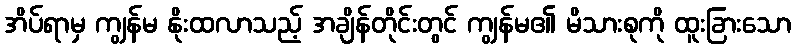
အိပ်ရာမှ ကျွန်မ နိုးထလာသည့် အချိန်တိုင်းတွင် ကျွန်မ၏ မိသားစုကို ထူးခြားသော